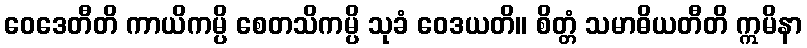
ဝေဒေတီတိ ကာယိကမ္ပိ စေတသိကမ္ပိ သုခံ ဝေဒယတိ။ စိတ္တံ သမာဓိယတီတိ ဣမိနာ